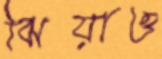
ঝিয়াও